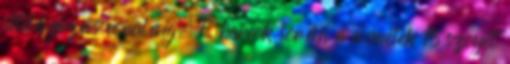
útelágazás vonaláig. E harcok során a németek 15 szovjet